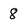
Character: 8